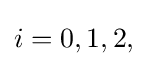
{\textstyle i=0,1,2,}